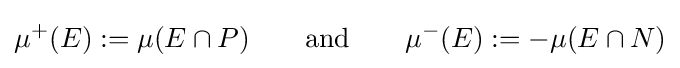
{\mu ^{+}}(E):=\mu (E\cap P)\qquad {\text{and}}\qquad {\mu ^{-}}(E):=-\mu (E\cap N)